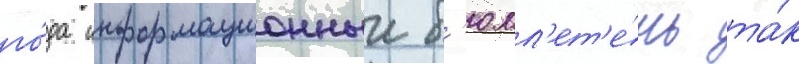
го́да информационныи б'юлл'ет'е́нь та́к